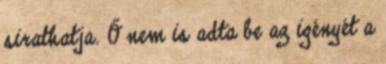
sirathatja. Ő nem is adta be az igényét a